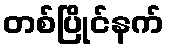
တစ်ပြိုင်နက်